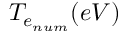
T _ { e _ { n u m } } ( e V )